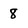
Character: 8